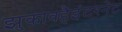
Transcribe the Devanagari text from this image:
झुकावहैइंटरनेट